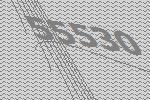
55530